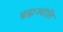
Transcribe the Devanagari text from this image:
ब्रह्मज्योति